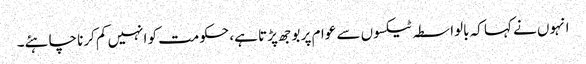
انہوں نے کہا کہ بالواسطہ ٹیکسوں سے عوام پر بوجھ پڑتا ہے، حکومت کو انہیں کم کرنا چاہئے۔